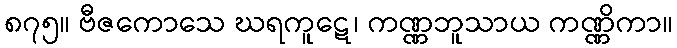
၈၇၅။ ဗီဇကောသေ ဃရကူဋေ၊ ကဏ္ဏဘူသာယ ကဏ္ဏိကာ။